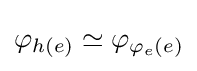
\varphi _{h(e)}\simeq \varphi _{\varphi _{e}(e)}